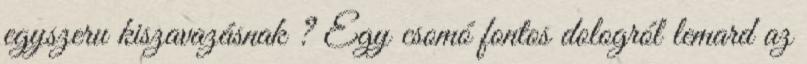
egyszeru kiszavazásnak ? Egy csomó fontos dologról lemard az